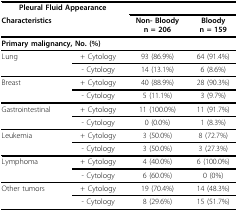
| <COLSPAN=2>  | <COLSPAN=2> Pleural Fluid Appearance |
 | <COLSPAN=2> Characteristics | Non- Bloodyn = 206 | Bloodyn = 159 |
 | --- | --- | --- | --- |
 | <COLSPAN=2> Primary malignancy, No. (%) |  |  |
 | Lung | + Cytology | 93 (86.9%) | 64 (91.4%) |
 |  | - Cytology | 14 (13.1%) | 6 (8.6%) |
 | Breast | + Cytology | 40 (88.9%) | 28 (90.3%) |
 |  | - Cytology | 5 (11.1%) | 3 (9.7%) |
 | Gastrointestinal | + Cytology | 11 (100.0%) | 11 (91.7%) |
 |  | - Cytology | 0 (0.0%) | 1 (8.3%) |
 | Leukemia | + Cytology | 3 (50.0%) | 8 (72.7%) |
 |  | - Cytology | 3 (50.0%) | 3 (27.3%) |
 | Lymphoma | + Cytology | 4 (40.0%) | 6 (100.0%) |
 |  | - Cytology | 6 (60.0%) | 0 (0%) |
 | Other tumors | + Cytology | 19 (70.4%) | 14 (48.3%) |
 |  | - Cytology | 8 (29.6%) | 15 (51.7%) |